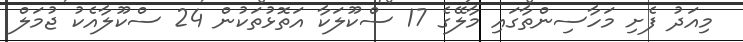
މިއަދު ފެށި މަހާސިންތާގައި މާލޭގެ 17 ސްކޫލަކާ އަތޮޅުތަކުން 24 ސްކޫލާއެކު ޖުމަލް